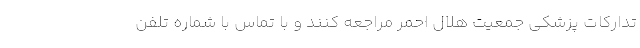
تدارکات پزشکی جمعیت هلال احمر مراجعه کنند و با تماس با شماره تلفن